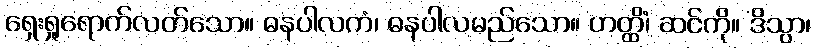
ရှေးရှုရောက်လတ်သော။ ဓနပါလကံ၊ ဓနပါလမည်သော။ ဟတ္ထိံ၊ ဆင်ကို။ ဒိသွာ၊